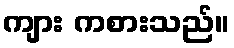
ကျား ကစားသည်။